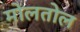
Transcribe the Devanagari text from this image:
मोलतोल